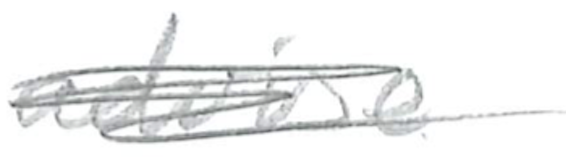
Text: advise
Cross-out: scratch
Writing tool: pencil